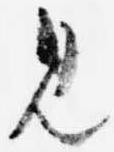
見